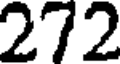
272